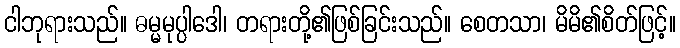
ငါဘုရားသည်။ ဓမ္မမုပ္ပါဒေါ၊ တရားတို့၏ဖြစ်ခြင်းသည်။ စေတသာ၊ မိမိ၏စိတ်ဖြင့်။